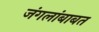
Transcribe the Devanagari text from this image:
जंगलांबाबत